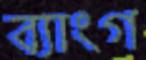
ব্যাংগ